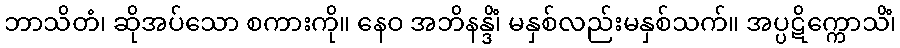
ဘာသိတံ၊ ဆိုအပ်သော စကားကို။ နေဝ အဘိနန္ဒိံ၊ မနှစ်လည်းမနှစ်သက်။ အပ္ပဋိက္ကောသိံ၊